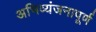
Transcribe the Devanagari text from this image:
अभिव्यंजनापूर्ण